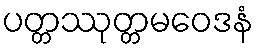
ပတ္တဿုတ္တမဝေဒနံ